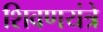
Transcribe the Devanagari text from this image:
शिवणयंत्रे